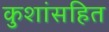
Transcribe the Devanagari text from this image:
कुशांसहित